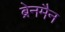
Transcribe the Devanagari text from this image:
ब्रेनमैन